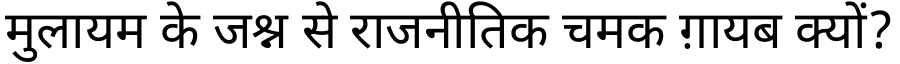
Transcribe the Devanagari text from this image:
मुलायम के जश्न से राजनीतिक चमक ग़ायब क्यों?